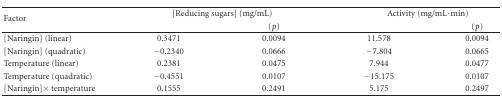
<table><thead><tr><td rowspan="2"><b>Factor</b></td><td colspan="2"><b>[Reducing sugars] (mg/mL)</b></td><td colspan="2"><b>Activity (mg/mL·min)</b></td></tr><tr><td></td><td><b>(<i>p</i>)</b></td><td></td><td><b>(<i>p</i>) </b></td></tr></thead><tbody><tr><td>[Naringin] (linear)</td><td>0.3471</td><td>0.0094</td><td>11.578</td><td>0.0094</td></tr><tr><td>[Naringin] (quadratic)</td><td>−0.2340</td><td>0.0666</td><td>−7.804</td><td>0.0665</td></tr><tr><td>Temperature (linear)</td><td>0.2381</td><td>0.0475</td><td>7.944</td><td>0.0477</td></tr><tr><td>Temperature (quadratic)</td><td>−0.4551</td><td>0.0107</td><td>−15.175</td><td>0.0107</td></tr><tr><td>[Naringin] × temperature</td><td>0.1555</td><td>0.2491</td><td>5.175</td><td>0.2497</td></tr></tbody></table>